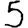
Digit: 5